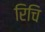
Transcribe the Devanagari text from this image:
रिचि